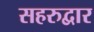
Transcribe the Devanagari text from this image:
सहरुद्वार